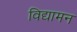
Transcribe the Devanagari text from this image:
विद्यामन